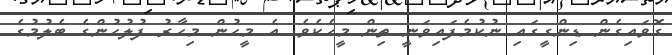
ގޮވައިގެން ޑިންގީގައި ނުކުމެފައިވަނީ ތިން މީހެކެވެ. އެ މީހުން މިހާރު ފުލުހުންގެ ބެލުމުގެ